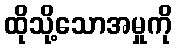
ထိုသို့သောအမှုကို